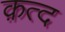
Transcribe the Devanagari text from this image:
क़त्द